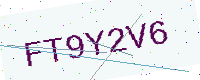
Text: FT9Y2V6